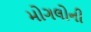
મોગલોની